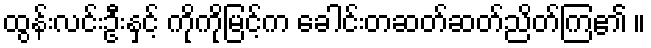
ထွန်းလင်းဦးနှင့် ကိုကိုမြင့်က ခေါင်းတဆတ်ဆတ်ညိတ်ကြ၏ ။